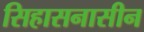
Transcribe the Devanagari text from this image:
सिहासनासीन